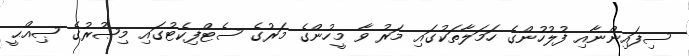
ސިފައިންނާއި ފުލުހުންގެ ހަމަލާތަކުގައި މަރު ވާ މީހުންގެ މަރުގެ ސެޓްފިކެޓުގައި މިޞުރުގެ ޞިއްޙީ